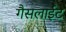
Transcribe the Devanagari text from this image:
गैसलाईट